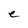
Character: e